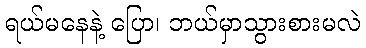
ရယ်မနေနဲ့ ပြော၊ ဘယ်မှာသွားစားမလဲ